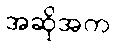
အဆိုအက